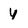
Character: y